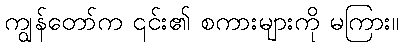
ကျွန်တော်က ၎င်း၏ စကားများကို မကြား။